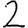
Digit: 2